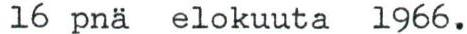
16 pnä elokuuta 1966.